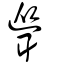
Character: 聳